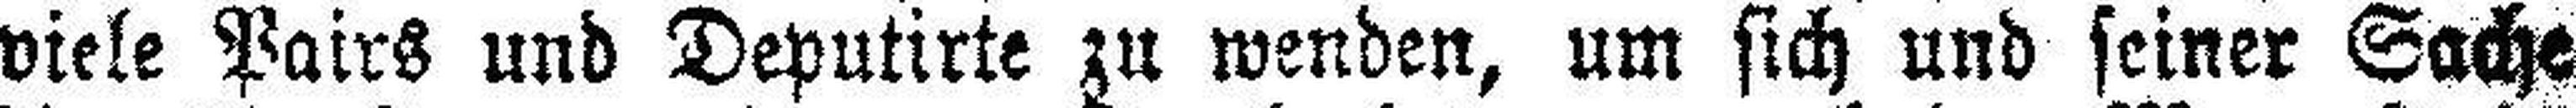
viele Pairs und Deputirte zu wenden, um sich und seiner Sache